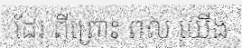
ដែរ ពីព្រោះ ពល យើង